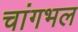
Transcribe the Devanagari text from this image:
चांगभल